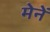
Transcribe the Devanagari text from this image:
मेनें